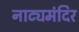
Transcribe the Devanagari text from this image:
नाट्यमंदिर